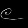
Digit: ၉